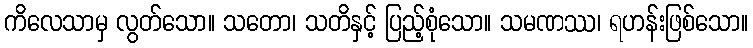
ကိလေသာမှ လွတ်သော။ သတော၊ သတိနှင့် ပြည့်စုံသော။ သမဏဿ၊ ရဟန်းဖြစ်သော။